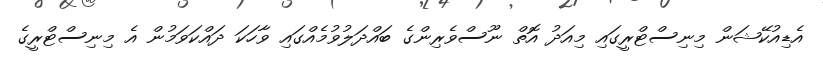
އެޑިއުކޭޝަން މިނިސްޓްރީގައި މިއަދު އޮތް ނޫސްވެރިންގެ ބައްދަލުވުމެއްގައި ވާހަކަ ދައްކަވަމުން އެ މިނިސްޓްރީގެ